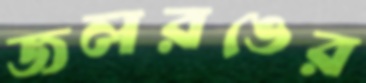
জলরঙের